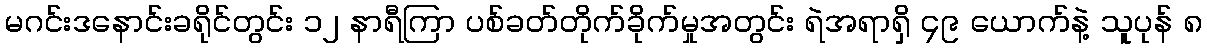
မဂင်းဒနောင်းခရိုင်တွင်း ၁၂ နာရီကြာ ပစ်ခတ်တိုက်ခိုက်မှုအတွင်း ရဲအရာရှိ ၄၉ ယောက်နဲ့ သူပုန် ၈